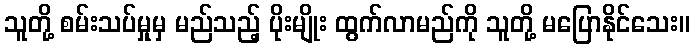
သူတို့ စမ်းသပ်မှုမှ မည်သည့် ပိုးမျိုး ထွက်လာမည်ကို သူတို့ မပြောနိုင်သေး။